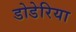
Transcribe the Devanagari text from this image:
डोडेरिया